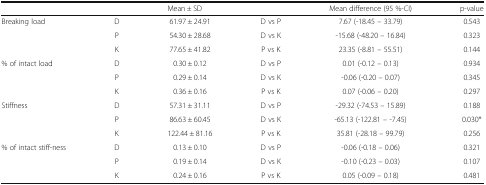
|  |  | Mean ± SD |  | Mean difference (95 %-CI) | p-value |
 | --- | --- | --- | --- | --- | --- |
 | <ROWSPAN=3> Breaking load | D | 61.97 ± 24.91 | D vs P | 7.67 (-18.45 – 33.79) | 0.543 |
 | P | 54.30 ± 28.68 | D vs K | -15.68 (-48.20 – 16.84) | 0.323 |
 | K | 77.65 ± 41.82 | P vs K | 23.35 (-8.81 – 55.51) | 0.144 |
 | <ROWSPAN=3> % of intact load | D | 0.30 ± 0.12 | D vs P | 0.01 (-0.12 – 0.13) | 0.934 |
 | P | 0.29 ± 0.14 | D vs K | -0.06 (-0.20 – 0.07) | 0.345 |
 | K | 0.36 ± 0.16 | P vs K | 0.07 (-0.06 – 0.20) | 0.297 |
 | <ROWSPAN=3> Stiffness | D | 57.31 ± 31.11 | D vs P | -29.32 (-74.53 – 15.89) | 0.188 |
 | P | 86.63 ± 60.45 | D vs K | -65.13 (-122.81 – -7.45) | 0.030* |
 | K | 122.44 ± 81.16 | P vs K | 35.81 (-28.18 – 99.79) | 0.256 |
 | <ROWSPAN=3> % of intact stiff-ness | D | 0.13 ± 0.10 | D vs P | -0.06 (-0.18 – 0.06) | 0.321 |
 | P | 0.19 ± 0.14 | D vs K | -0.10 (-0.23 – 0.03) | 0.107 |
 | K | 0.24 ± 0.16 | P vs K | 0.05 (-0.09 – 0.18) | 0.481 |